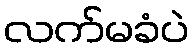
လက်မခံပဲ